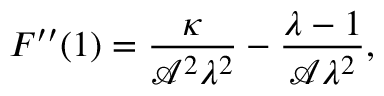
F ^ { \prime \prime } ( 1 ) = \frac { \kappa } { \mathcal { A } ^ { 2 } \lambda ^ { 2 } } - \frac { \lambda - 1 } { \mathcal { A } \lambda ^ { 2 } } ,